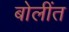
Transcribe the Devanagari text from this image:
बोलींत